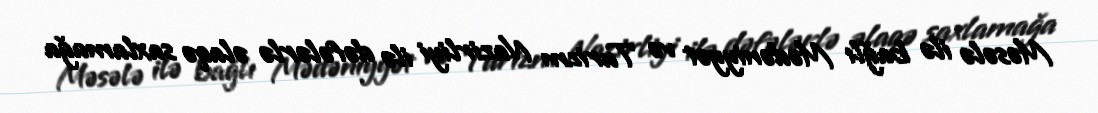
Məsələ ilə bağlı Mədəniyyət və Turizm Nazirliyi ilə dəfələrlə əlaqə saxlamağa